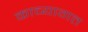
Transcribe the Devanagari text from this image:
काव्यागत